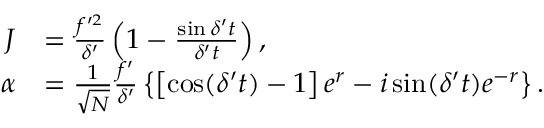
\begin{array} { r l } { J } & { = \frac { f ^ { \prime 2 } } { \delta ^ { \prime } } \left( 1 - \frac { \sin \delta ^ { \prime } t } { \delta ^ { \prime } t } \right) , } \\ { \alpha } & { = \frac { 1 } { \sqrt { N } } \frac { f ^ { \prime } } { \delta ^ { \prime } } \left\{ \left[ \cos ( \delta ^ { \prime } t ) - 1 \right] e ^ { r } - i \sin ( \delta ^ { \prime } t ) e ^ { - r } \right\} . } \end{array}